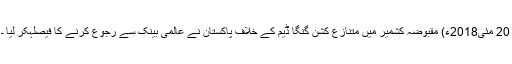
20 مئی2018ء) مقبوضہ کشمیر میں متنازع کشن گنگا ڈیم کے خلاف پاکستان نے عالمی بینک سے رجوع کرنے کا فیصلہکر لیا ۔